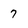
Character: 7